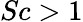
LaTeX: Sc>1